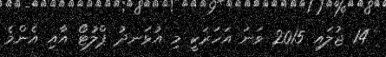
14 ޖުލައި 2015 ވަނަ އަހަރަކީ މި އުޅަނދު ޕްލުޓޯ އާއި އެންމެ